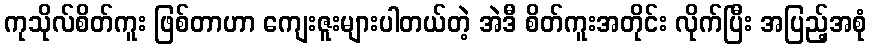
ကုသိုလ်စိတ်ကူး ဖြစ်တာဟာ ကျေးဇူးများပါတယ်တဲ့ အဲဒီ စိတ်ကူးအတိုင်း လိုက်ပြီး အပြည့်အစုံ